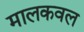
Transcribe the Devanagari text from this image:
मालकवल